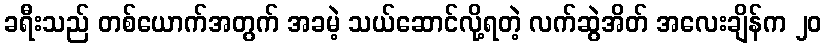
ခရီးသည် တစ်ယောက်အတွက် အခမဲ့ သယ်ဆောင်လို့ရတဲ့ လက်ဆွဲအိတ် အလေးချိန်က ၂၀